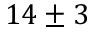
1 4 \pm 3